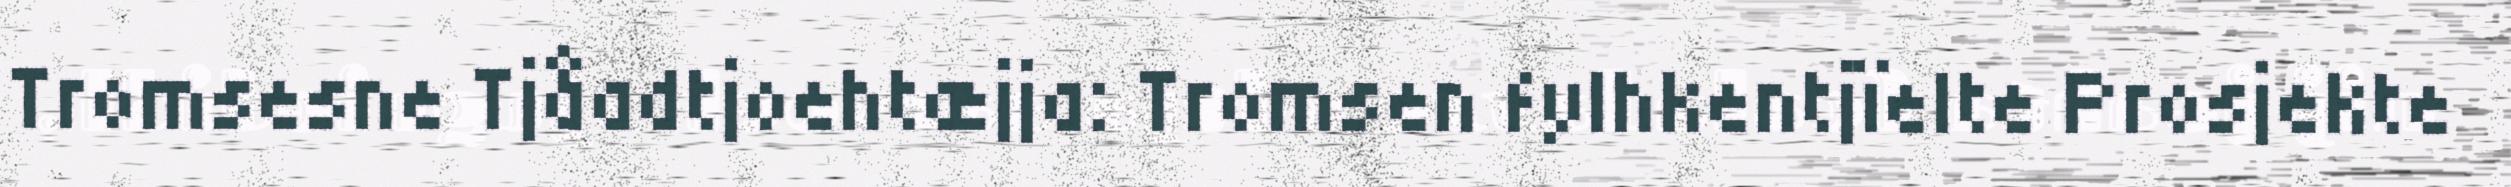
Tromsesne Tjåadtjoehtæjja: Tromsen fylhkentjïelte Prosjekte